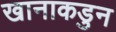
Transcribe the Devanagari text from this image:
खानाकडुन